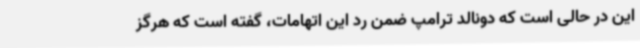
این در حالی است که دونالد ترامپ ضمن رد این اتهامات، گفته است که هرگز